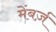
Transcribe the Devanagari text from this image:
मेंबर्ज़